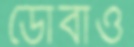
ডোবাও